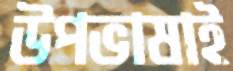
উপভাষাই